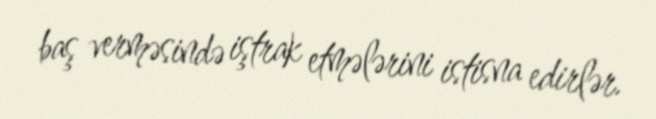
baş verməsində iştrak etmələrini istisna edirlər.